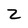
Character: z